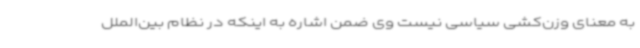
به معنای وزن‌کشی سیاسی نیست وی ضمن اشاره به اینکه در نظام بین‌الملل